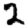
Digit: 2